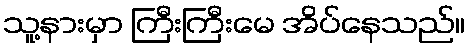
သူ့နားမှာ ကြီးကြီးမေ အိပ်နေသည်။